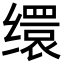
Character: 缳